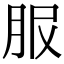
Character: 𦙹